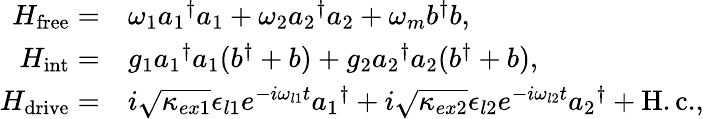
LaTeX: \begin{array}{rl}{H_{\mathrm{free}}=}&{\omega_{1}{a_{1}}^{\dagger}a_{1}+\omega_{2}{a_{2}}^{\dagger}a_{2}+\omega_{m}b^{\dagger}b,}\\ {H_{\mathrm{int}}=}&{g_{1}{a_{1}}^{\dagger}a_{1}(b^{\dagger}+b)+g_{2}{a_{2}}^{\dagger}a_{2}(b^{\dagger}+b),}\\ {H_{\mathrm{drive}}=}&{i\sqrt{\kappa_{ex1}}\epsilon_{l1}e^{-i\omega_{l1}t}{a_{1}}^{\dagger}+i\sqrt{\kappa_{ex2}}\epsilon_{l2}e^{-i\omega_{l2}t}{a_{2}}^{\dagger}+\mathrm{H.c.},}\end{array}